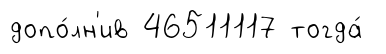
допо́лн'ив 46511117 тогда́